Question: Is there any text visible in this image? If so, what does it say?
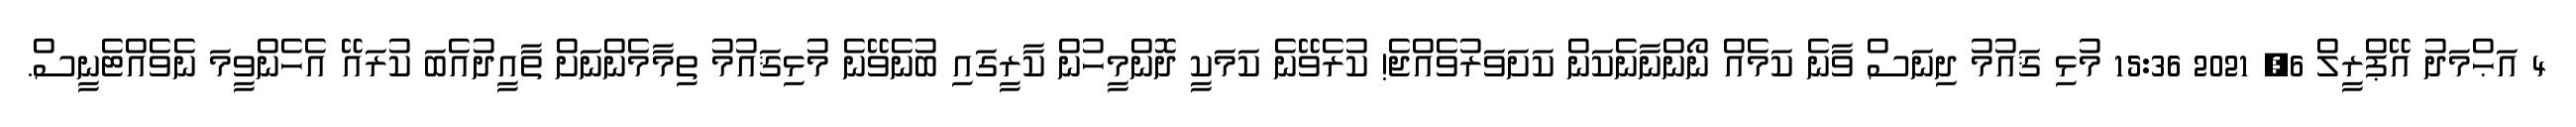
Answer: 4 އަޙްމަދު އޭޕްރީލް 6, 2021 15:36 މުޅި ޤައުމު ދިނަސް ވާނެ ކަމެއް ނޯންނާނެކަން ކަށަވަރުވެއްޖެ! ކުރެވޭނެ ކަމަކީ ދޮންމީހުން ކާރީގައި ބުނެވޭނެ މުޅިޤައުމު ތިމާމެންނަށް ތާއީދުއެބަ ކުރައޭ އެހެންވީމަ ނެވެއްޓެނީސް.